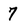
Character: 7